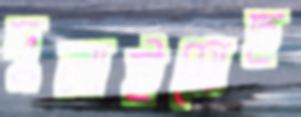
দুলাইতেছ